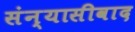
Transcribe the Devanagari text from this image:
संन्यासीवाद